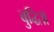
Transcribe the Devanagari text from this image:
बुद्धि॥